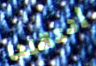
إنتقلنا